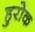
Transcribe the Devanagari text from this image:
हुरोक